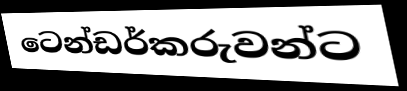
ටෙන්ඩර්කරුවන්ට